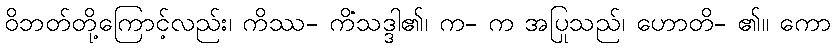
ဝိဘတ်တို့ကြောင့်လည်း၊ ကိဿ- ကိံသဒ္ဒါ၏၊ က- က အပြုသည်၊ ဟောတိ- ၏။ ကော